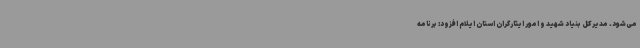
می‌شود. مدیرکل بنیاد شهید و امور ایثارگران استان ایلام افزود: برنامه